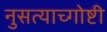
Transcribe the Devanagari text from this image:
नुसत्याच्गोष्टी